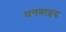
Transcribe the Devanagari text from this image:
धनबाइद